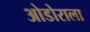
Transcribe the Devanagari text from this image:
ओडोराला